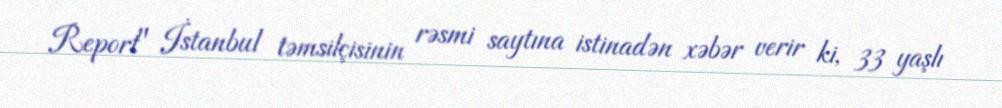
Report" İstanbul təmsilçisinin rəsmi saytına istinadən xəbər verir ki, 33 yaşlı